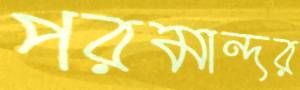
পরমান্দর